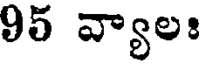
95 వ్యాలః